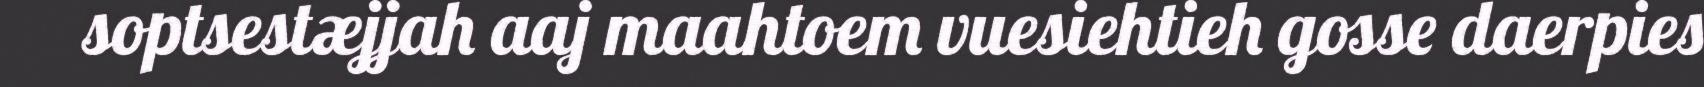
soptsestæjjah aaj maahtoem vuesiehtieh gosse daerpies